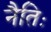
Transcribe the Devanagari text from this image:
नैतिः